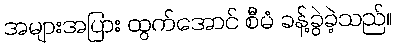
အများအပြား ထွက်အောင် စီမံ ခန့်ခွဲခဲ့သည်။